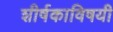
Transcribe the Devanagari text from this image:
शीर्षकाविषयी